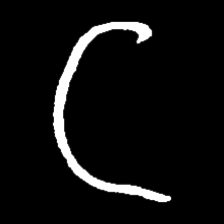
Pyu character \u2014 Myanmar letter: ဋ (romanized: tta)